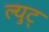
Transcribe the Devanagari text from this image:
ल्युट्